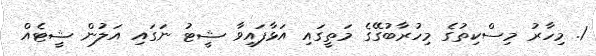
1. މިހާރު މިސްކިތުގެ މިހުރާބުގޭގެ މަތީގައި އަޅާފައިވާ ޝީޓު ނަގައި އަލުން ޝީޓެއް